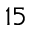
1 5